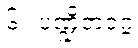
၆။ ပဏ္ဍိတဝဂ္ဂ